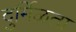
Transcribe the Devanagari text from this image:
दुर्मिळता